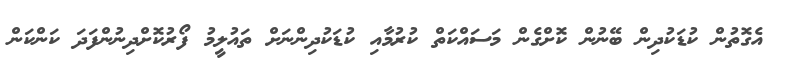
އެގޮތުން ކުޑަކުދިން ބޭނުން ކޮށްގެން މަސައްކަތް ކުރުމާއި ކުޑަކުދިންނަށް ތައުލީމު ފޯރުކޮށްދިނުންފަދަ ކަންކަން